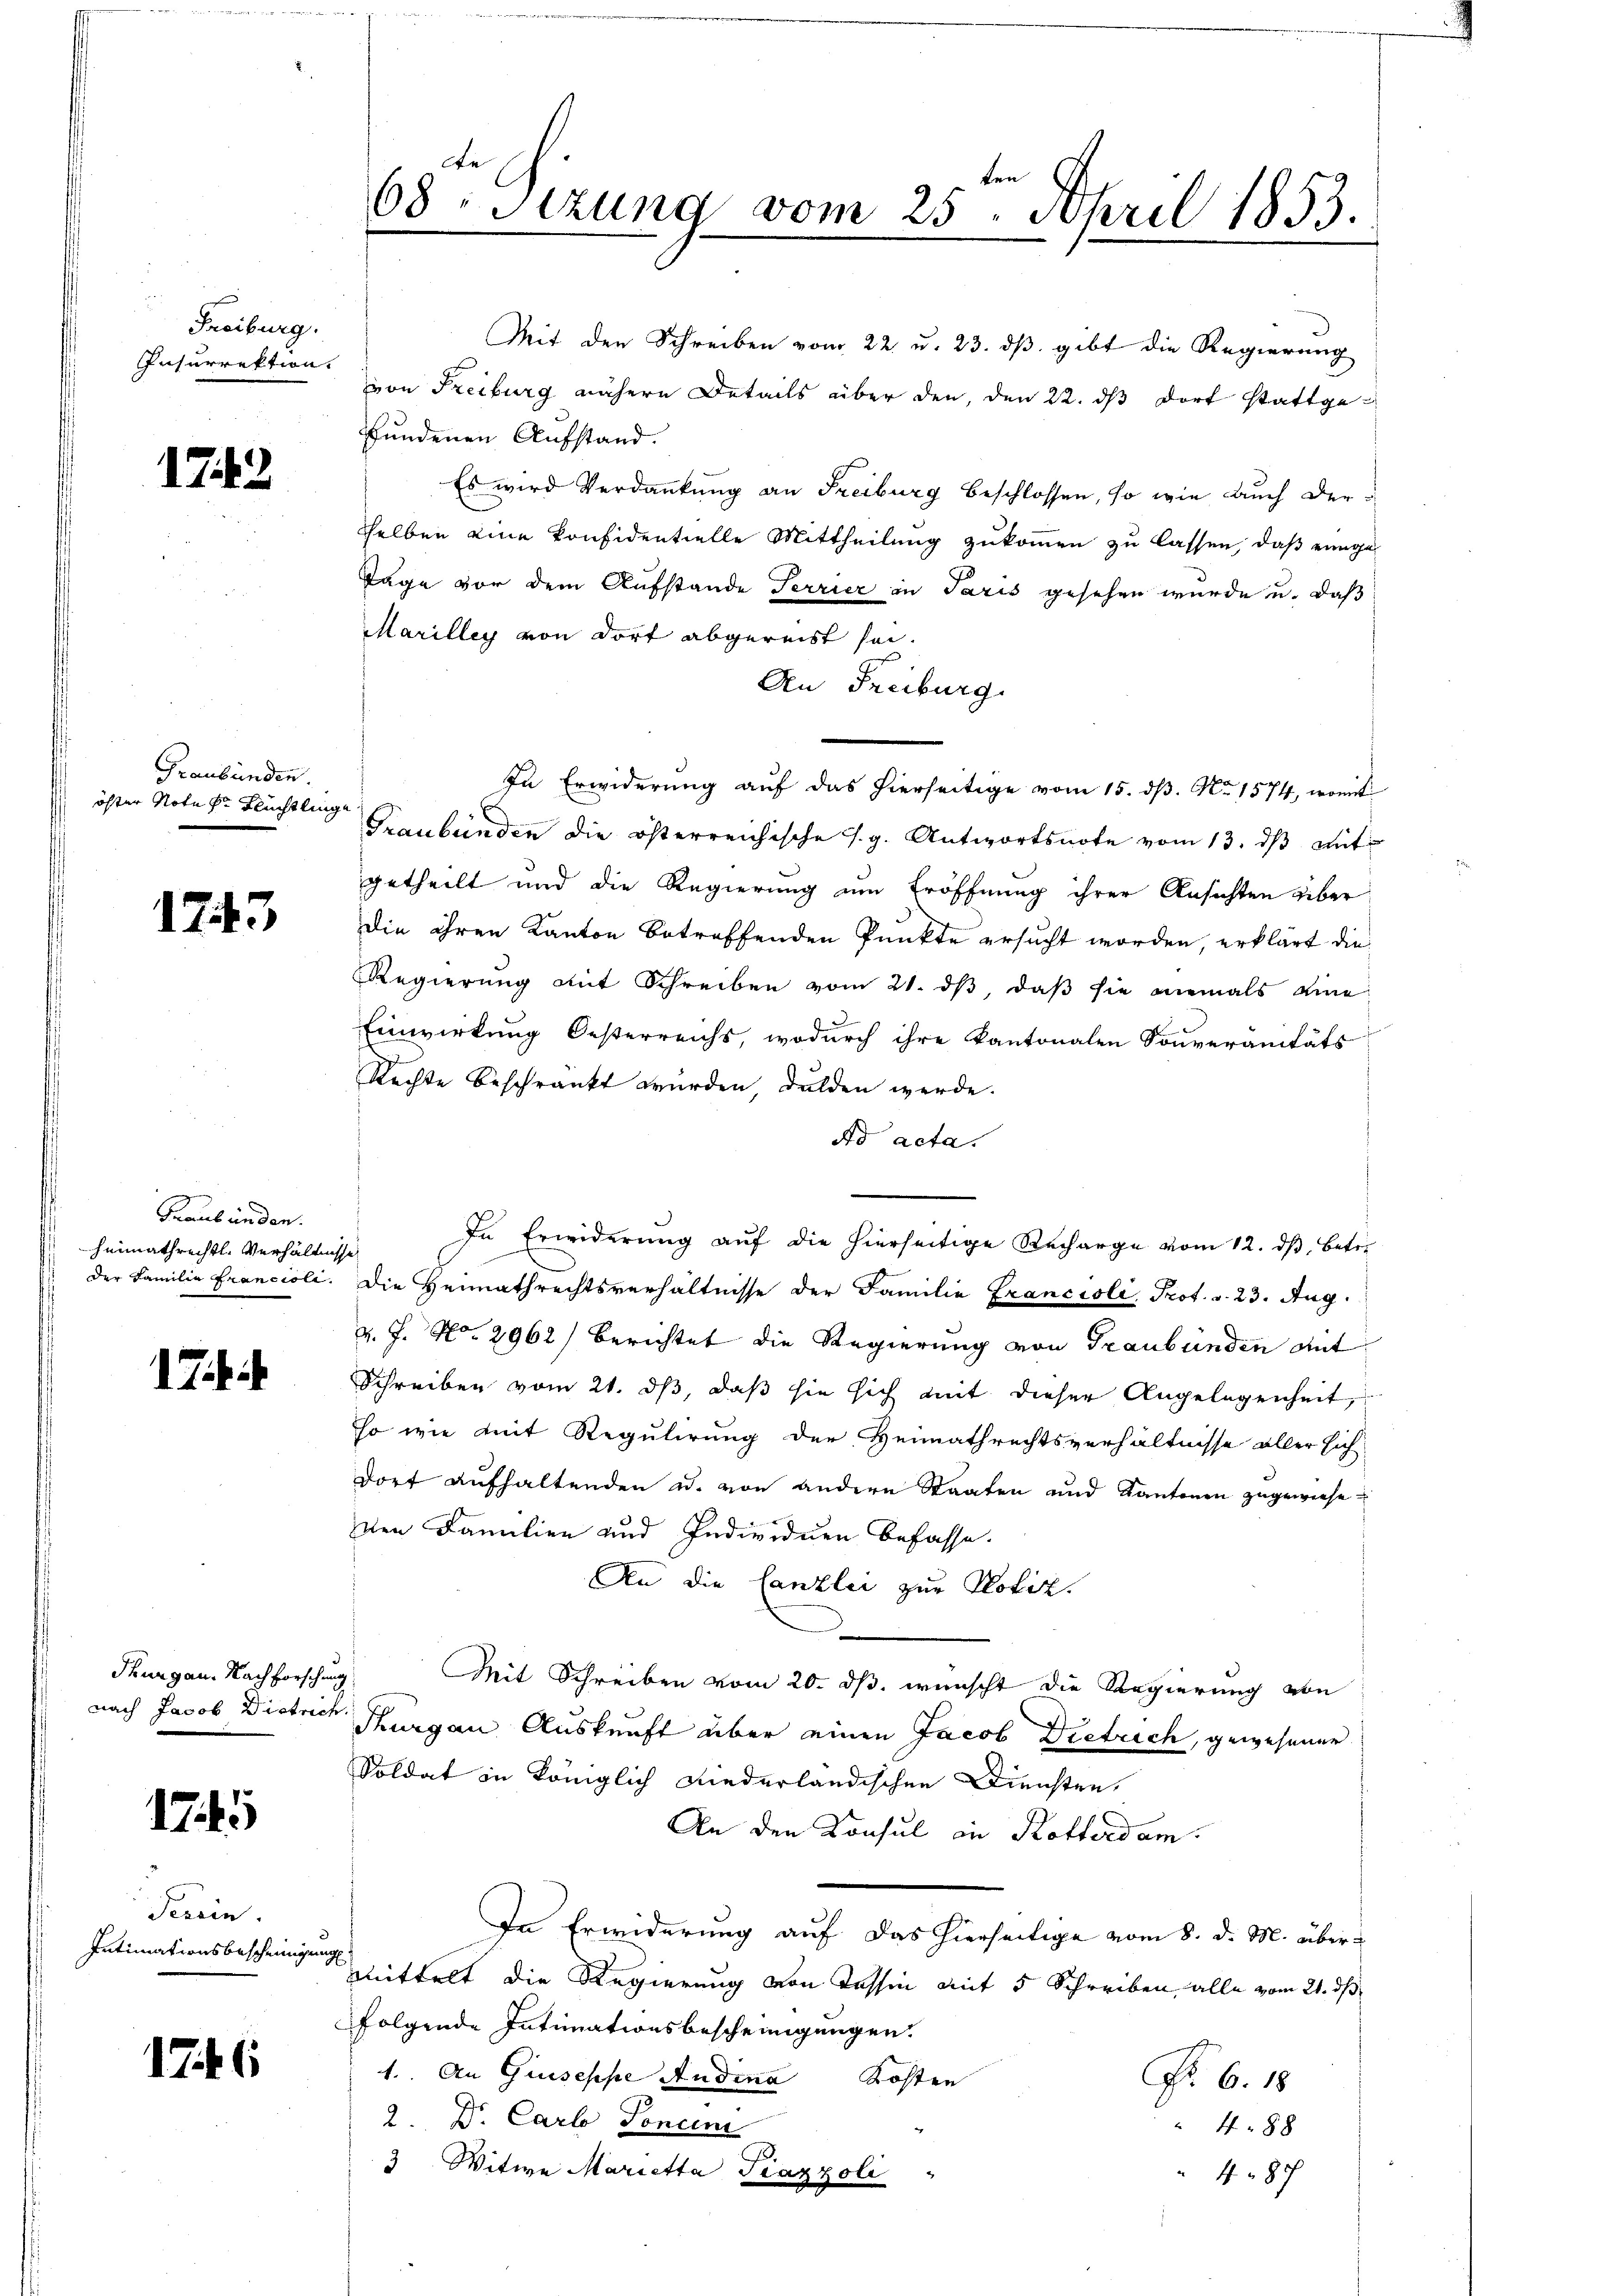
Freiburg.
Insurrektion.

1743

Graubünden.
öhter Note der Flüchtlinge

1743

Graubünden.
heimathrechtl. Verhältnisse
der Familie Francioli

1 Jah

Thurgau. Nachforschung
nach Jacob Dietrach

1745

Peerin.
Intimationsbescheinigung

1746

68. Sitzung vom 25. April 1853.

Mit den Schreiben vom 22. u. 23. dβ. gibt die Regierung
von Freiburg nähere Details über den, den 22. ds dort stattgefundenen Aufstand.
Es wird Verdankung an Freiburg beschlossen, so wie auch derselben eine Konfidentielle Mittheilung zukommen zu lassen, daß einige
Tage vor dem Aufstande Terrier in Paris gesehen wurde u. daß
Marilleg von dort abgereist sei.
An Freiburg
In Erwiderung auf das hierseitige vom 15. dß. No. 1574, womit
Graubünden die österreichische s. g. Antwortsnote vom 13. dβ mit
getheilt und die Regierung um Eröffnung ihrer Ansichten über
Die ihren Kanton betreffenden Punkte ersucht worden, erklärt die¬
Regierung mit Schreiben vom 21. ds, daß sie niemals eine
d
Einwirkung Oesterreichs, wodurch ihre kantonalen Souveranitäts
Rechte beschränkt wurden dulden werde.
Ao acta.
In Erwiderung auf die hierseitige Recharge vom 12. dβ betr.
Die Heimathrechtsverhältnisse der Familie Francioli, Prot. v. 23. Aug.
v. J. No. 2962) berichtet die Regierung von Graubünden Ant
Schreiben vom 21. ds, daß sie sich mit dieser Angelegenheit,
so wie mit Regulirung der Heimathrechtsverhältnisse aller sich
dorf aufhaltenden u. von andere Staaten und Kantonen zugewieseden Familien und Individuen befasse.
An die Canzlei zur Notiz.
Mit Schreiben vom 20. ds. wünscht die Regierung von
Thurgan Auskunft über einen Jacob Dietrich, gewesener
Soldat in Königlich niederländischen Diensten,
An den Konsul in Rotterdam.
In Erwiderung auf das hierseitige vom 8. d. M. übermittelt die Regierung von Tessin mit 5 Schreiben, alle vom 21. ds
folgende Intimationsbescheinigungen.
4. An Giuseppe Audina Kosten
No. 6. 18
2. Dr. Carl Sonein
488
3 Witwe Marietta Piazzoli
487